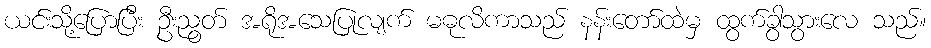
ယင်းသို့ပြောပြီး ဦးညွတ် အရိုအသေပြုလျက် မဓုလိကာသည် နန်းတော်ထဲမှ ထွက်ခွာသွားလေ သည်။